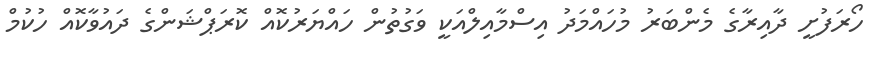
ހޯރަފުށީ ދާއިރާގެ މެންބަރު މުހައްމަދު އިސްމާއިލްއަކީ ވަގުތުން ހައްޔަރުކޮއް ކޮރަޕްޝަންގެ ދައުވާކޮއް ހުކުމް